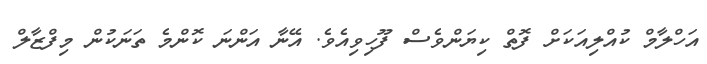
އަހްލާމް ކުއްލިއަކަށް ފޮތް ކިޔަންވެސް ފޫހިވިއެވެ. އޭނާ އަންނަ ކޮންމެ ތަނަކުން މިފްޒާލް